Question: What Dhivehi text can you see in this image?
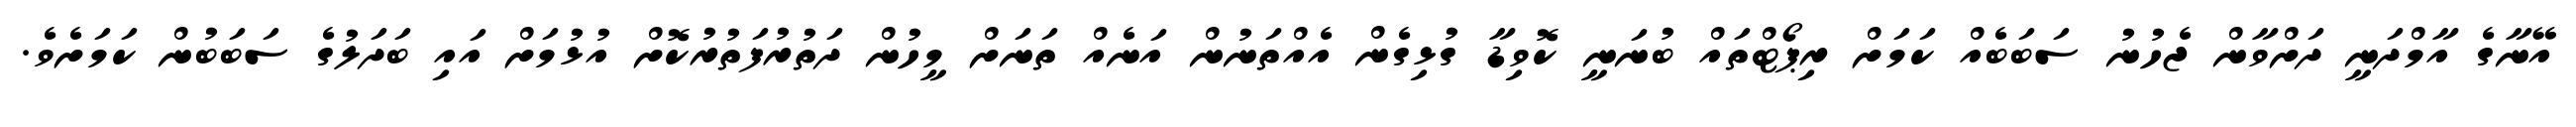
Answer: އޭނާގެ އާމްދަނީ ދަށްވާން ޖެހުނު ސަބަބެއް ކަމަށް ރިޕޯޓްތައް ބުނަނީ ކޮވިޑާ ގުޅިގެން އެއްތަނުން އަނެއް ތަނަށް މީހުން ދަތުރުފަތުރުކޮށް އުޅުމަށް އައި ބަދަލުގެ ސަބަބުން ކަމަށެވެ.